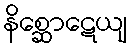
နိစ္ဆောဋေယျ